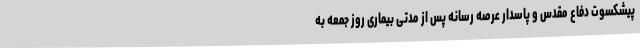
پیشکسوت دفاع مقدس و پاسدار عرصه رسانه پس از مدتی بیماری روز جمعه به